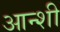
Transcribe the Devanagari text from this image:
आन्शी